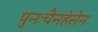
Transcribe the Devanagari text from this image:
पुनःचैनहेसेन